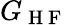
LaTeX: G_{\mathrm{~H~F~}}